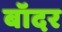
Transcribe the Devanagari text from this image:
बॉदर